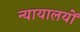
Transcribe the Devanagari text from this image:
न्यायालयोंं